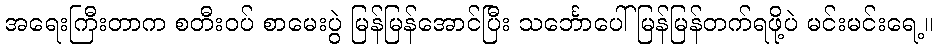
အရေးကြီးတာက စတီးဝပ် စာမေးပွဲ မြန်မြန်အောင်ပြီး သင်္ဘောပေါ် မြန်မြန်တက်ရဖို့ပဲ မင်းမင်းရေ့။